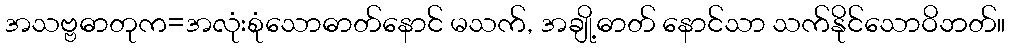
အသဗ္ဗဓာတုက=အလုံးစုံသောဓာတ်နောင် မသက်, အချို့ဓာတ် နောင်သာ သက်နိုင်သောဝိဘတ်။